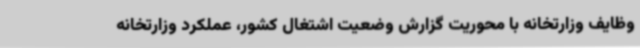
وظایف وزارتخانه با محوریت گزارش وضعیت اشتغال کشور، عملکرد وزارتخانه